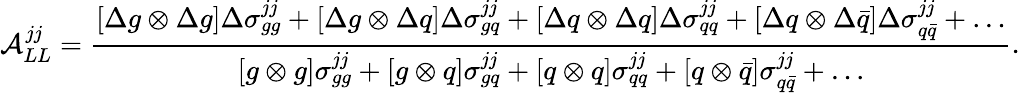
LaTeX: {\cal A}_{LL}^{jj}={\frac{[\Delta g\otimes\Delta g]\Delta\sigma_{gg}^{jj}+[\Delta g\otimes\Delta q]\Delta\sigma_{gq}^{jj}+[\Delta q\otimes\Delta q]\Delta\sigma_{qq}^{jj}+[\Delta q\otimes\Delta\bar{q}]\Delta\sigma_{q\bar{q}}^{jj}+\ldots}{[g\otimes g]\sigma_{gg}^{jj}+[g\otimes q]\sigma_{gq}^{jj}+[q\otimes q]\sigma_{qq}^{jj}+[q\otimes\bar{q}]\sigma_{q\bar{q}}^{jj}+\ldots}}.